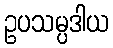
ဥပသမ္ပဒါယ